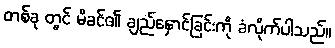
တစ်ခု တွင် မိခင်၏ ချည်နှောင်ခြင်းကို ခံလိုက်ပါသည်။